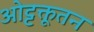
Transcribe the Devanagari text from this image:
ओट्टक्तूतन